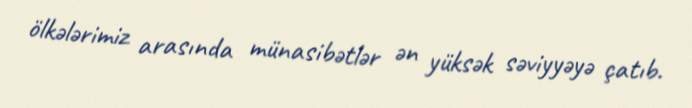
ölkələrimiz arasında münasibətlər ən yüksək səviyyəyə çatıb.